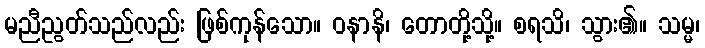
မညီညွတ်သည်လည်း ဖြစ်ကုန်သော။ ဝနာနိ၊ တောတို့သို့။ စရသိ၊ သွား၏။ သမ္မ၊